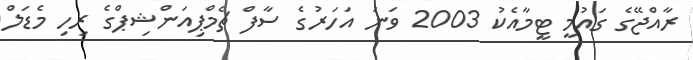
ރާއްޖޭގެ ގައުމީ ޓީމާއެކު 2003 ވަނަ އަހަރުގެ ސާފް ޗެމްޕިއަންޝިޕްގެ ރިހި މެޑަލް